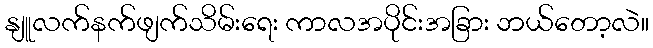
နျူလက်နက်ဖျက်သိမ်းရေး ကာလအပိုင်းအခြား ဘယ်တော့လဲ။